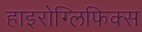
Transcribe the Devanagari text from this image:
हाइरोग्लिफिक्स